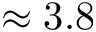
\approx 3 . 8